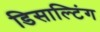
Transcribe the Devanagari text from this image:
डिसाल्टिंग